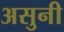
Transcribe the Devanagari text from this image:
असुनी